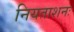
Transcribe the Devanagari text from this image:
नियताशनः